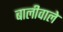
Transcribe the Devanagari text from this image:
बालीवाले